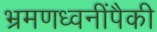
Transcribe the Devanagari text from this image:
भ्रमणध्वनींपैकी